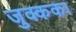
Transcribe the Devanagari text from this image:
जुक्कका